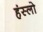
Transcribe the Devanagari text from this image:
हंस्लो